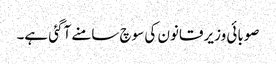
صوبائی وزیر قانون کی سوچ سامنے آگئی ہے۔